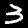
Digit: 3